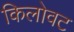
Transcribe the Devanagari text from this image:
किलोवट